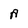
Character: A